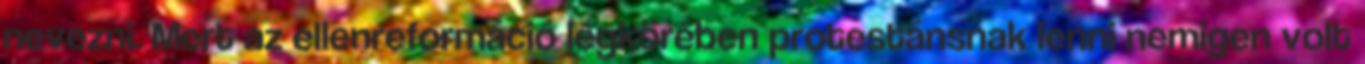
nevezni. Mert az ellenreformáció légkörében protestánsnak lenni nemigen volt